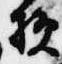
損